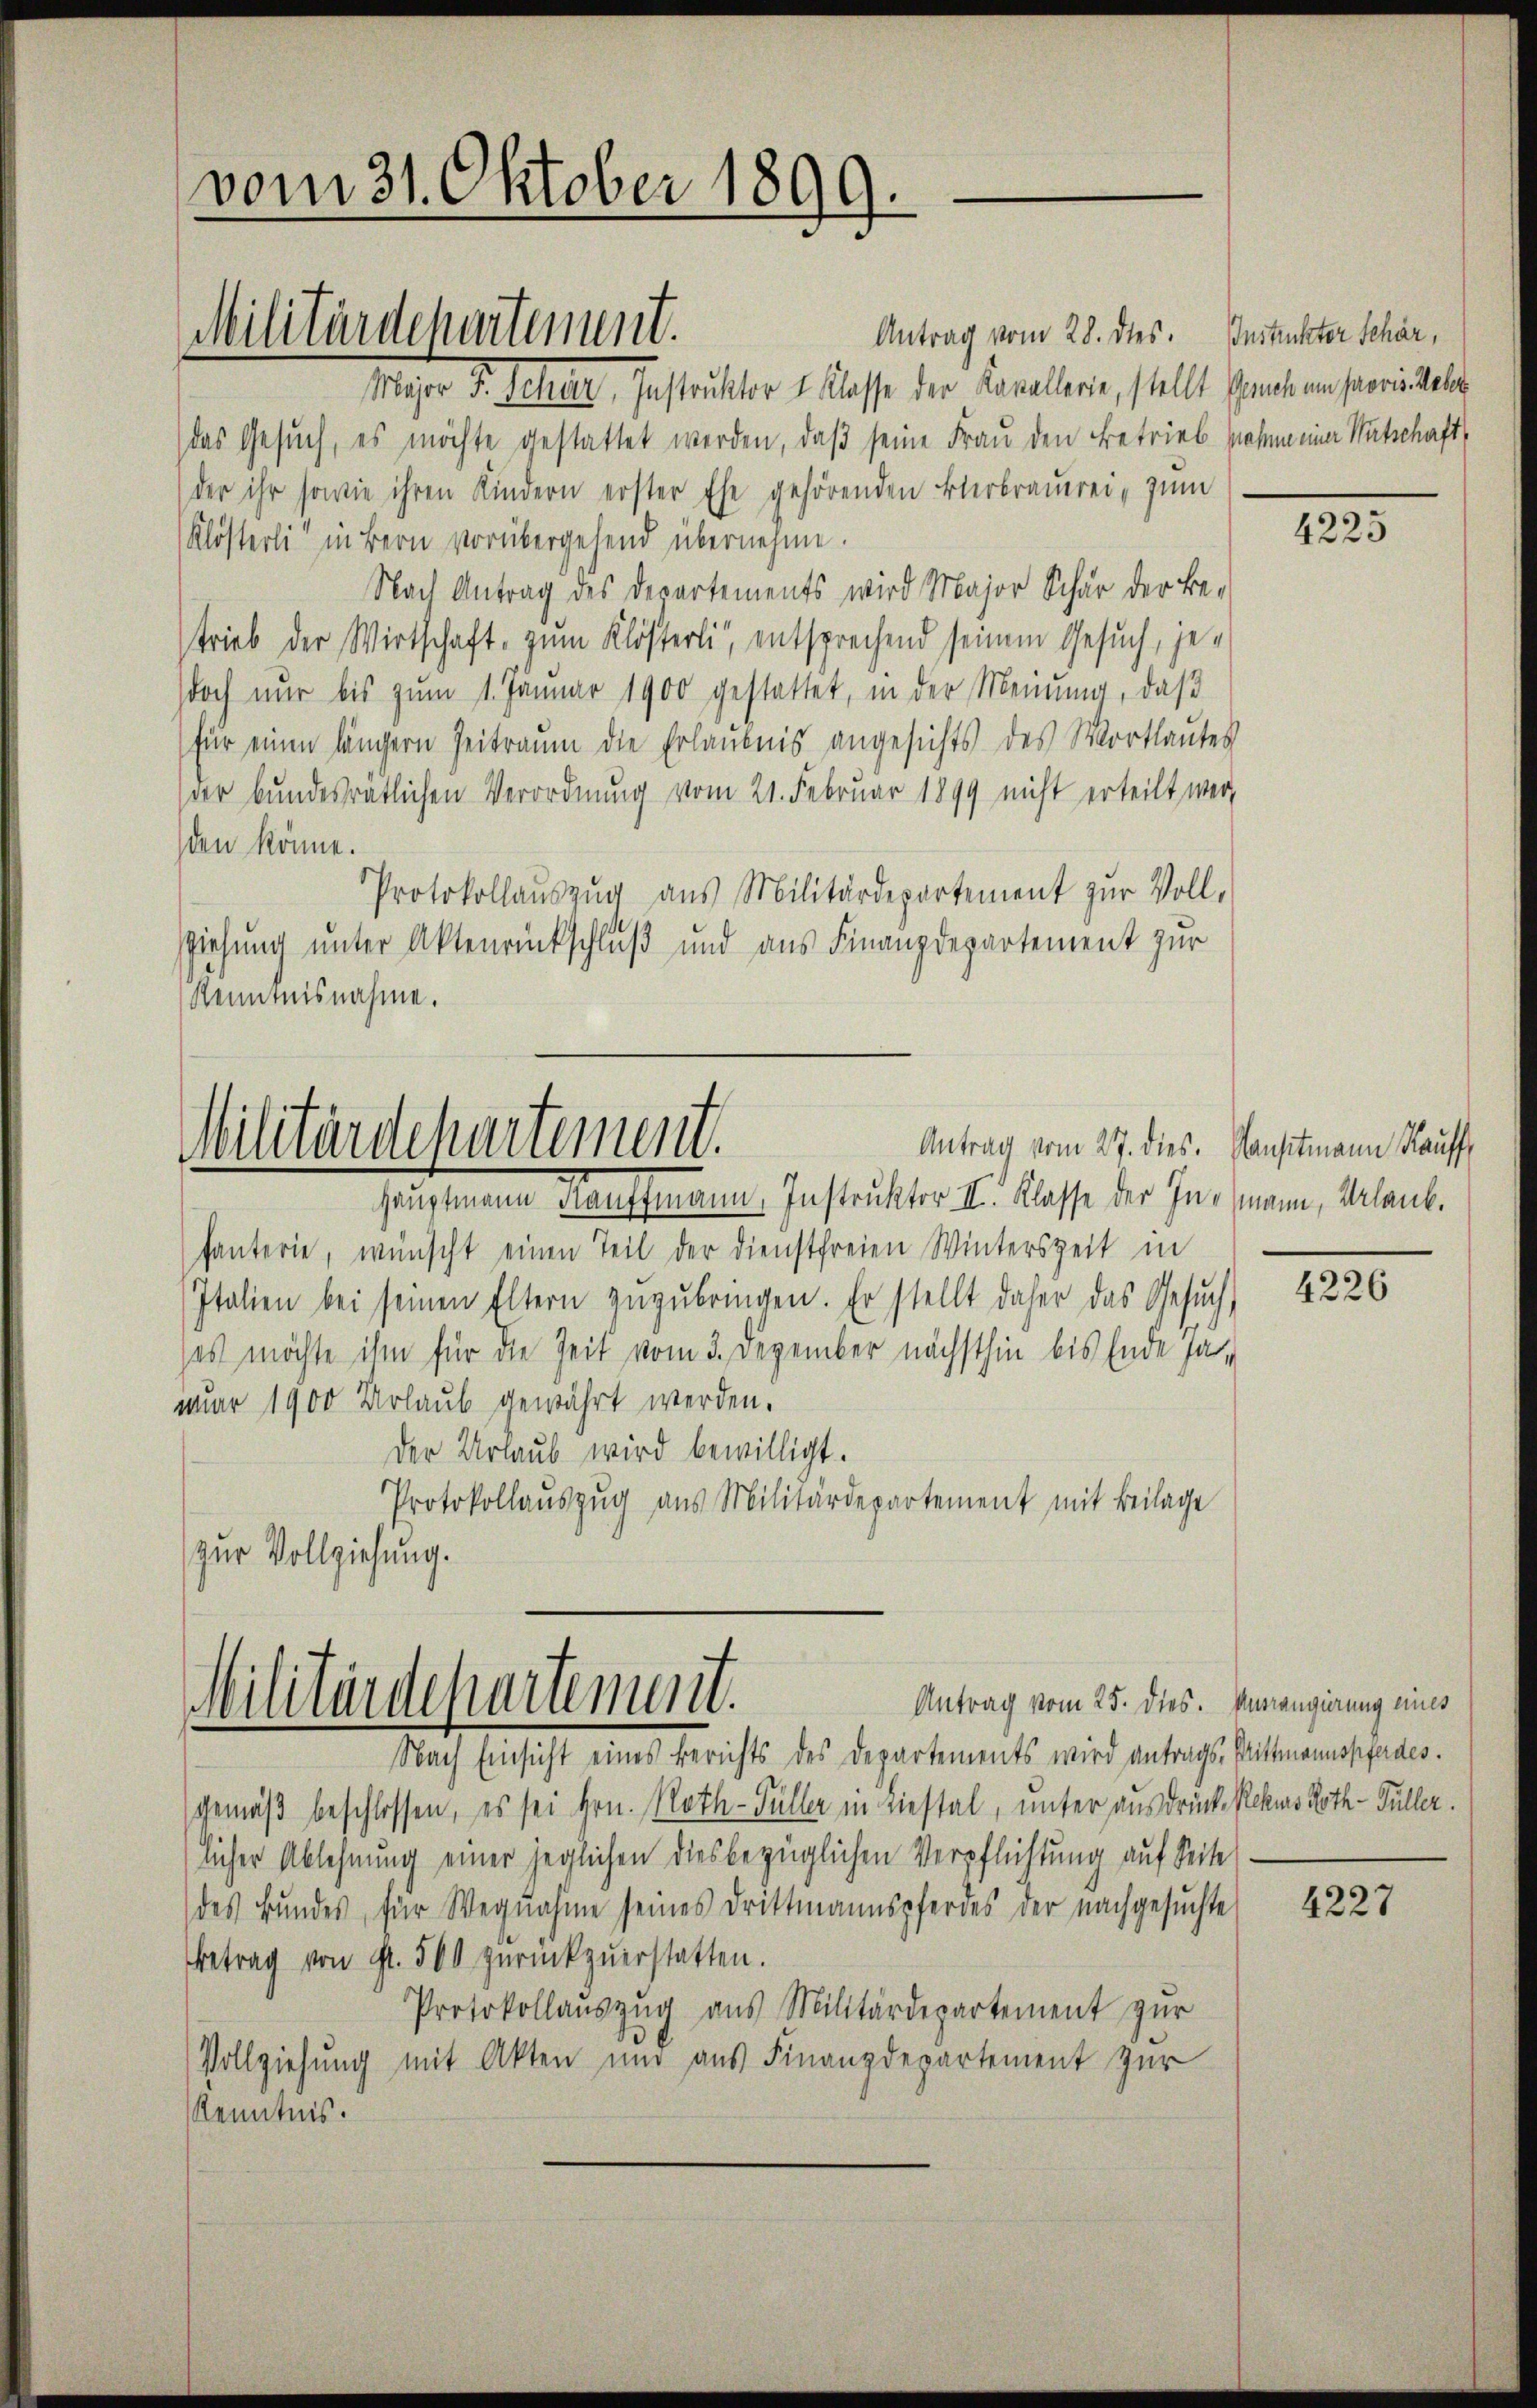
vom 31. Oktober 1899.

Militärdepartement.

Antrag vom 28. dies. Instickter Schär,
Major F. Schen Instruktor 1 Klasse der Kavallerie, stellt Gemal im Paprikalit
das Gesuch, es möchte gestattet werden, daß seine Frau den Betrieb nahme einer Mutschaft,
der ihr sowie ihren Kindern erster Ehe gehörenden Bierbraŭerei, zum
Klösterli in Bern vorübergehend übernehme.
Nach Antrag des Departements wird Major Schur der Betrieb der Wirtschaft, zum Klösterli, entsprechend seinem Gesuch, jedoch nur bis zum 1. Januar 1900 gestattet, in der Meinung, daß
für einen längern Zeitraum die Erlaubnis angesichts des Wortlautes
der bundesratlichen Verordnung vom 21. Februar 1899 nicht erteilt werden könne.
Protokollauszug aus Militärdepartement zur Vollsziehung unter Aktenrückschluß und aus Finanzdepartement zur
Kenntnisnahme.
Antrag vom 27. dies. Konstmann Kauff
Militärdepartement.
Hauptmann Kauffmann, Instruktor II. Klasse der Inemann, Urlaub.
fanterie, wünscht einen Teil der dienstfreien Winterszeit in
Italien bei seinen Eltern zuzubringen. Er stellt daher das Gesŭch,
es möchte ihm für die Zeit vom 3. Dezember nächsthin bis Ende sawar 1900 Urlaub gewährt werden.
Der Urlaub wird bewilligt.
Protokollauszug aus Militärdepartement mit Beilage
zur Vollziehung.

Antrag vom 25. dies. Andrangierung eines
Militärdepartement.
Nach Einsicht eines Berichts des Departements wird antrags, Prittmannspfades.

gemäß beschlossen, es sei Hrn. Noth-Füller in Liestal, unter ausdrück Rekus Roth - Füller.
licher Ablehnung einer jeglichen diesbezüglichen Verpflichtung auf Seite
des Bŭndes, für Wegnahme seines Drittmannspferdes der nachgesŭchte
Betrag von fr. 500 zurückzŭerstatten.
Protokollauszug aus Militärdepartement zur
Vollziehung mit Akten und aus Finanzdepartement zur
Kenntnis.

4225

4226

4227